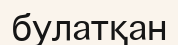
булатқан